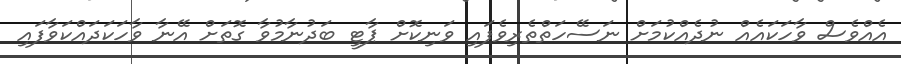
އެއްވެސް ވާހަކައެއް ނުދެއްކުމަށް ނަސޭހަތްތެރިވެފައި ވަނިކޮށް ޕާޓީ ބަދުނާމުވާ ގޮތަށް އޭނާ ވާހަކަދައްކަވާފައި